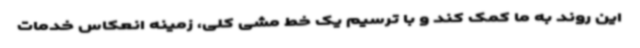
این روند به ما کمک کند و با ترسیم یک خط مشی کلی، زمینه انعکاس خدمات